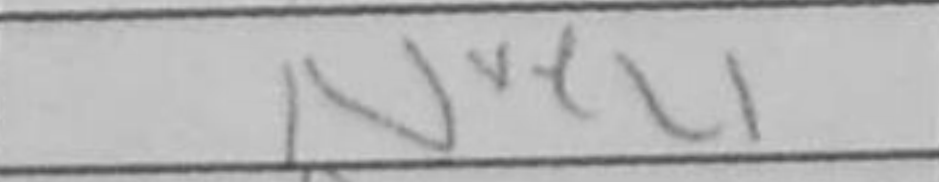
Transcription: Nxe4